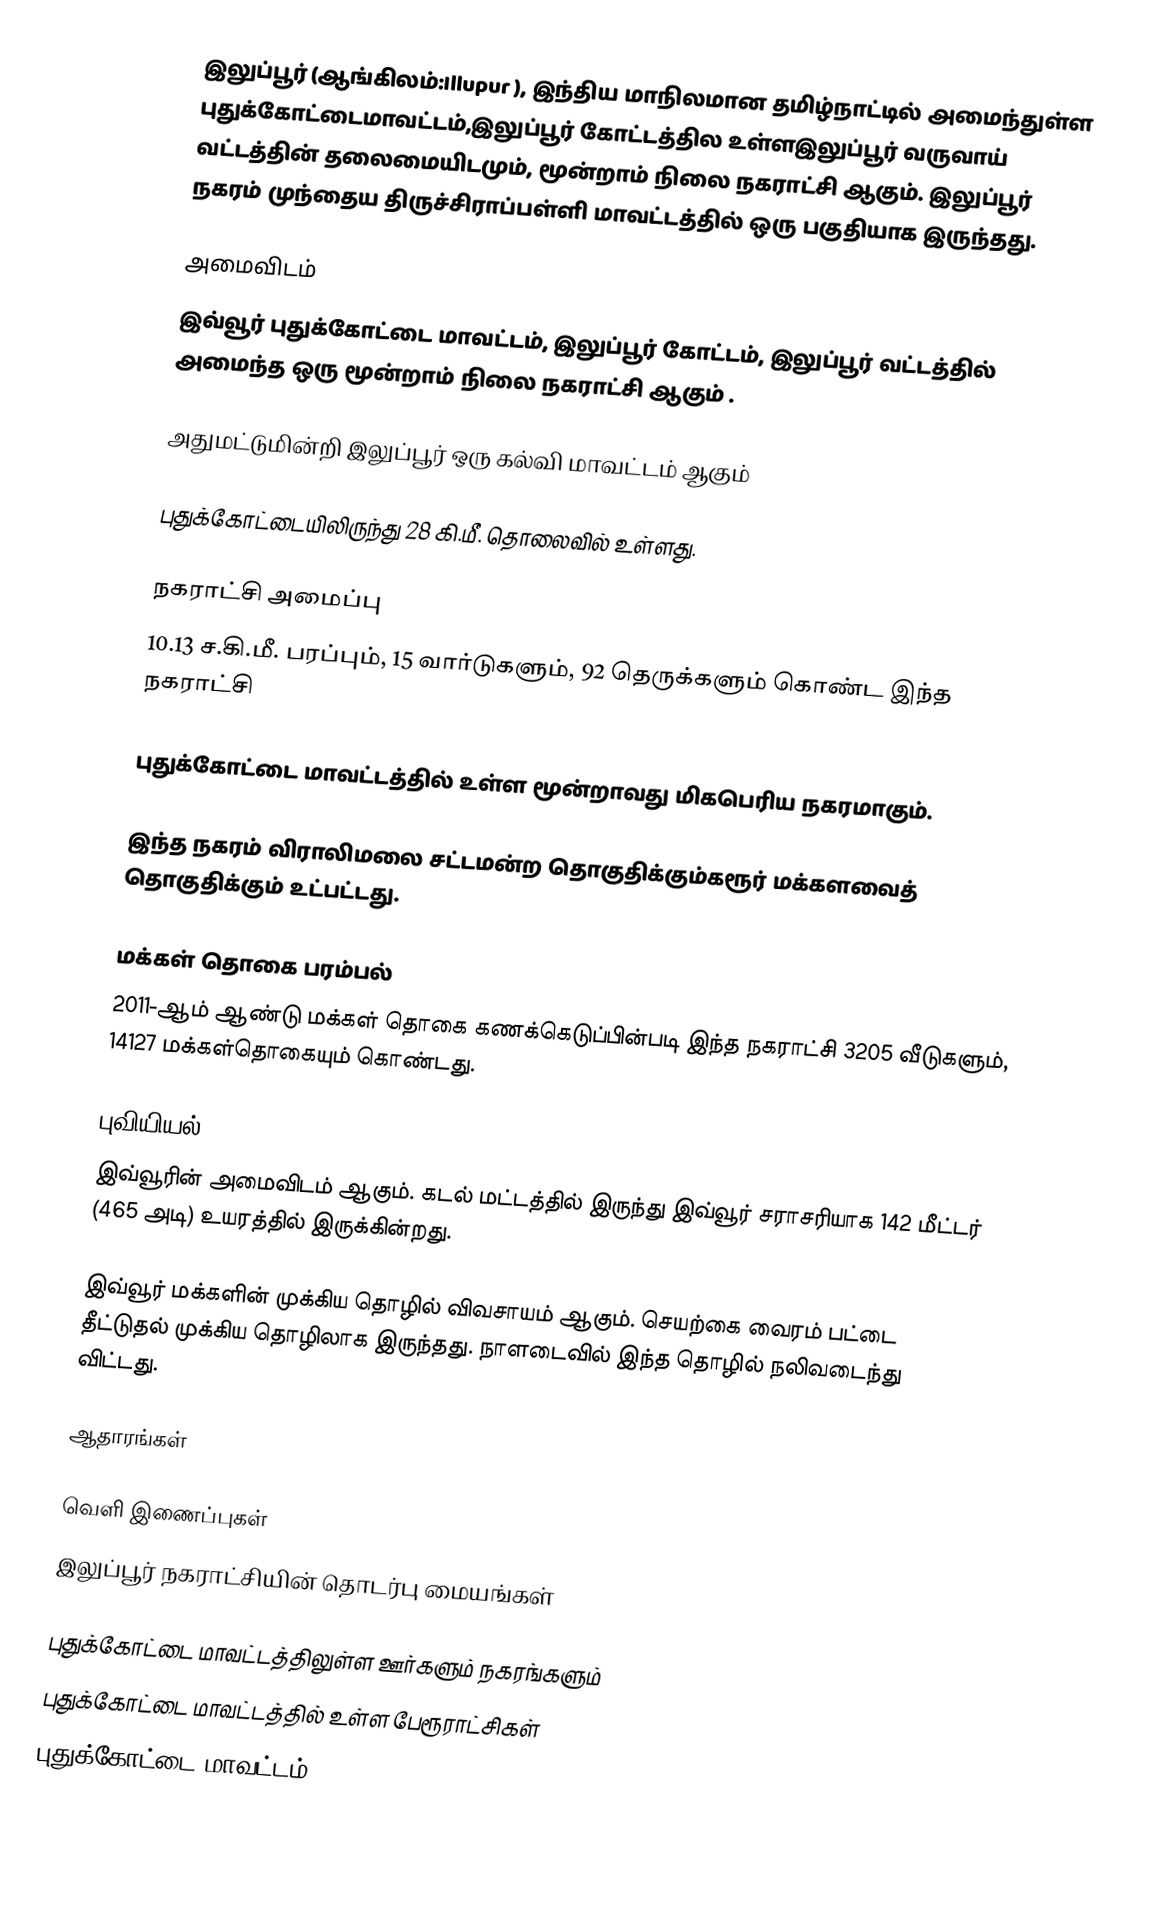
இலுப்பூர் (ஆங்கிலம்:Illupur ), இந்திய மாநிலமான தமிழ்நாட்டில் அமைந்துள்ள புதுக்கோட்டைமாவட்டம்,இலுப்பூர் கோட்டத்தில உள்ளஇலுப்பூர் வருவாய் வட்டத்தின் தலைமையிடமும், மூன்றாம் நிலை நகராட்சி ஆகும். இலுப்பூர் நகரம் முந்தைய திருச்சிராப்பள்ளி மாவட்டத்தில் ஒரு பகுதியாக இருந்தது.

அமைவிடம்
இவ்வூர் புதுக்கோட்டை மாவட்டம், இலுப்பூர் கோட்டம், இலுப்பூர் வட்டத்தில் அமைந்த ஒரு மூன்றாம்  நிலை நகராட்சி ஆகும் .

அதுமட்டுமின்றி இலுப்பூர் ஒரு கல்வி மாவட்டம்  ஆகும்

புதுக்கோட்டையிலிருந்து 28 கி.மீ. தொலைவில் உள்ளது.

நகராட்சி அமைப்பு
10.13 ச.கி.மீ. பரப்பும், 15 வார்டுகளும், 92 தெருக்களும் கொண்ட இந்த நகராட்சி

புதுக்கோட்டை மாவட்டத்தில் உள்ள மூன்றாவது மிகபெரிய நகரமாகும்.

இந்த நகரம் விராலிமலை சட்டமன்ற தொகுதிக்கும்கரூர் மக்களவைத் தொகுதிக்கும் உட்பட்டது.

மக்கள் தொகை பரம்பல்
2011-ஆம் ஆண்டு மக்கள் தொகை கணக்கெடுப்பின்படி  இந்த நகராட்சி 3205 வீடுகளும், 14127 மக்கள்தொகையும் கொண்டது.

புவியியல்
இவ்வூரின் அமைவிடம்  ஆகும். கடல் மட்டத்தில் இருந்து இவ்வூர் சராசரியாக 142 மீட்டர் (465 அடி) உயரத்தில் இருக்கின்றது.

இவ்வூர் மக்களின் முக்கிய தொழில் விவசாயம் ஆகும். செயற்கை வைரம் பட்டை தீட்டுதல் முக்கிய தொழிலாக இருந்தது. நாளடைவில் இந்த தொழில் நலிவடைந்து விட்டது.

ஆதாரங்கள்

வெளி இணைப்புகள்
 இலுப்பூர் நகராட்சியின் தொடர்பு மையங்கள்

புதுக்கோட்டை மாவட்டத்திலுள்ள ஊர்களும் நகரங்களும்
புதுக்கோட்டை மாவட்டத்தில் உள்ள பேரூராட்சிகள்
புதுக்கோட்டை மாவட்டம்